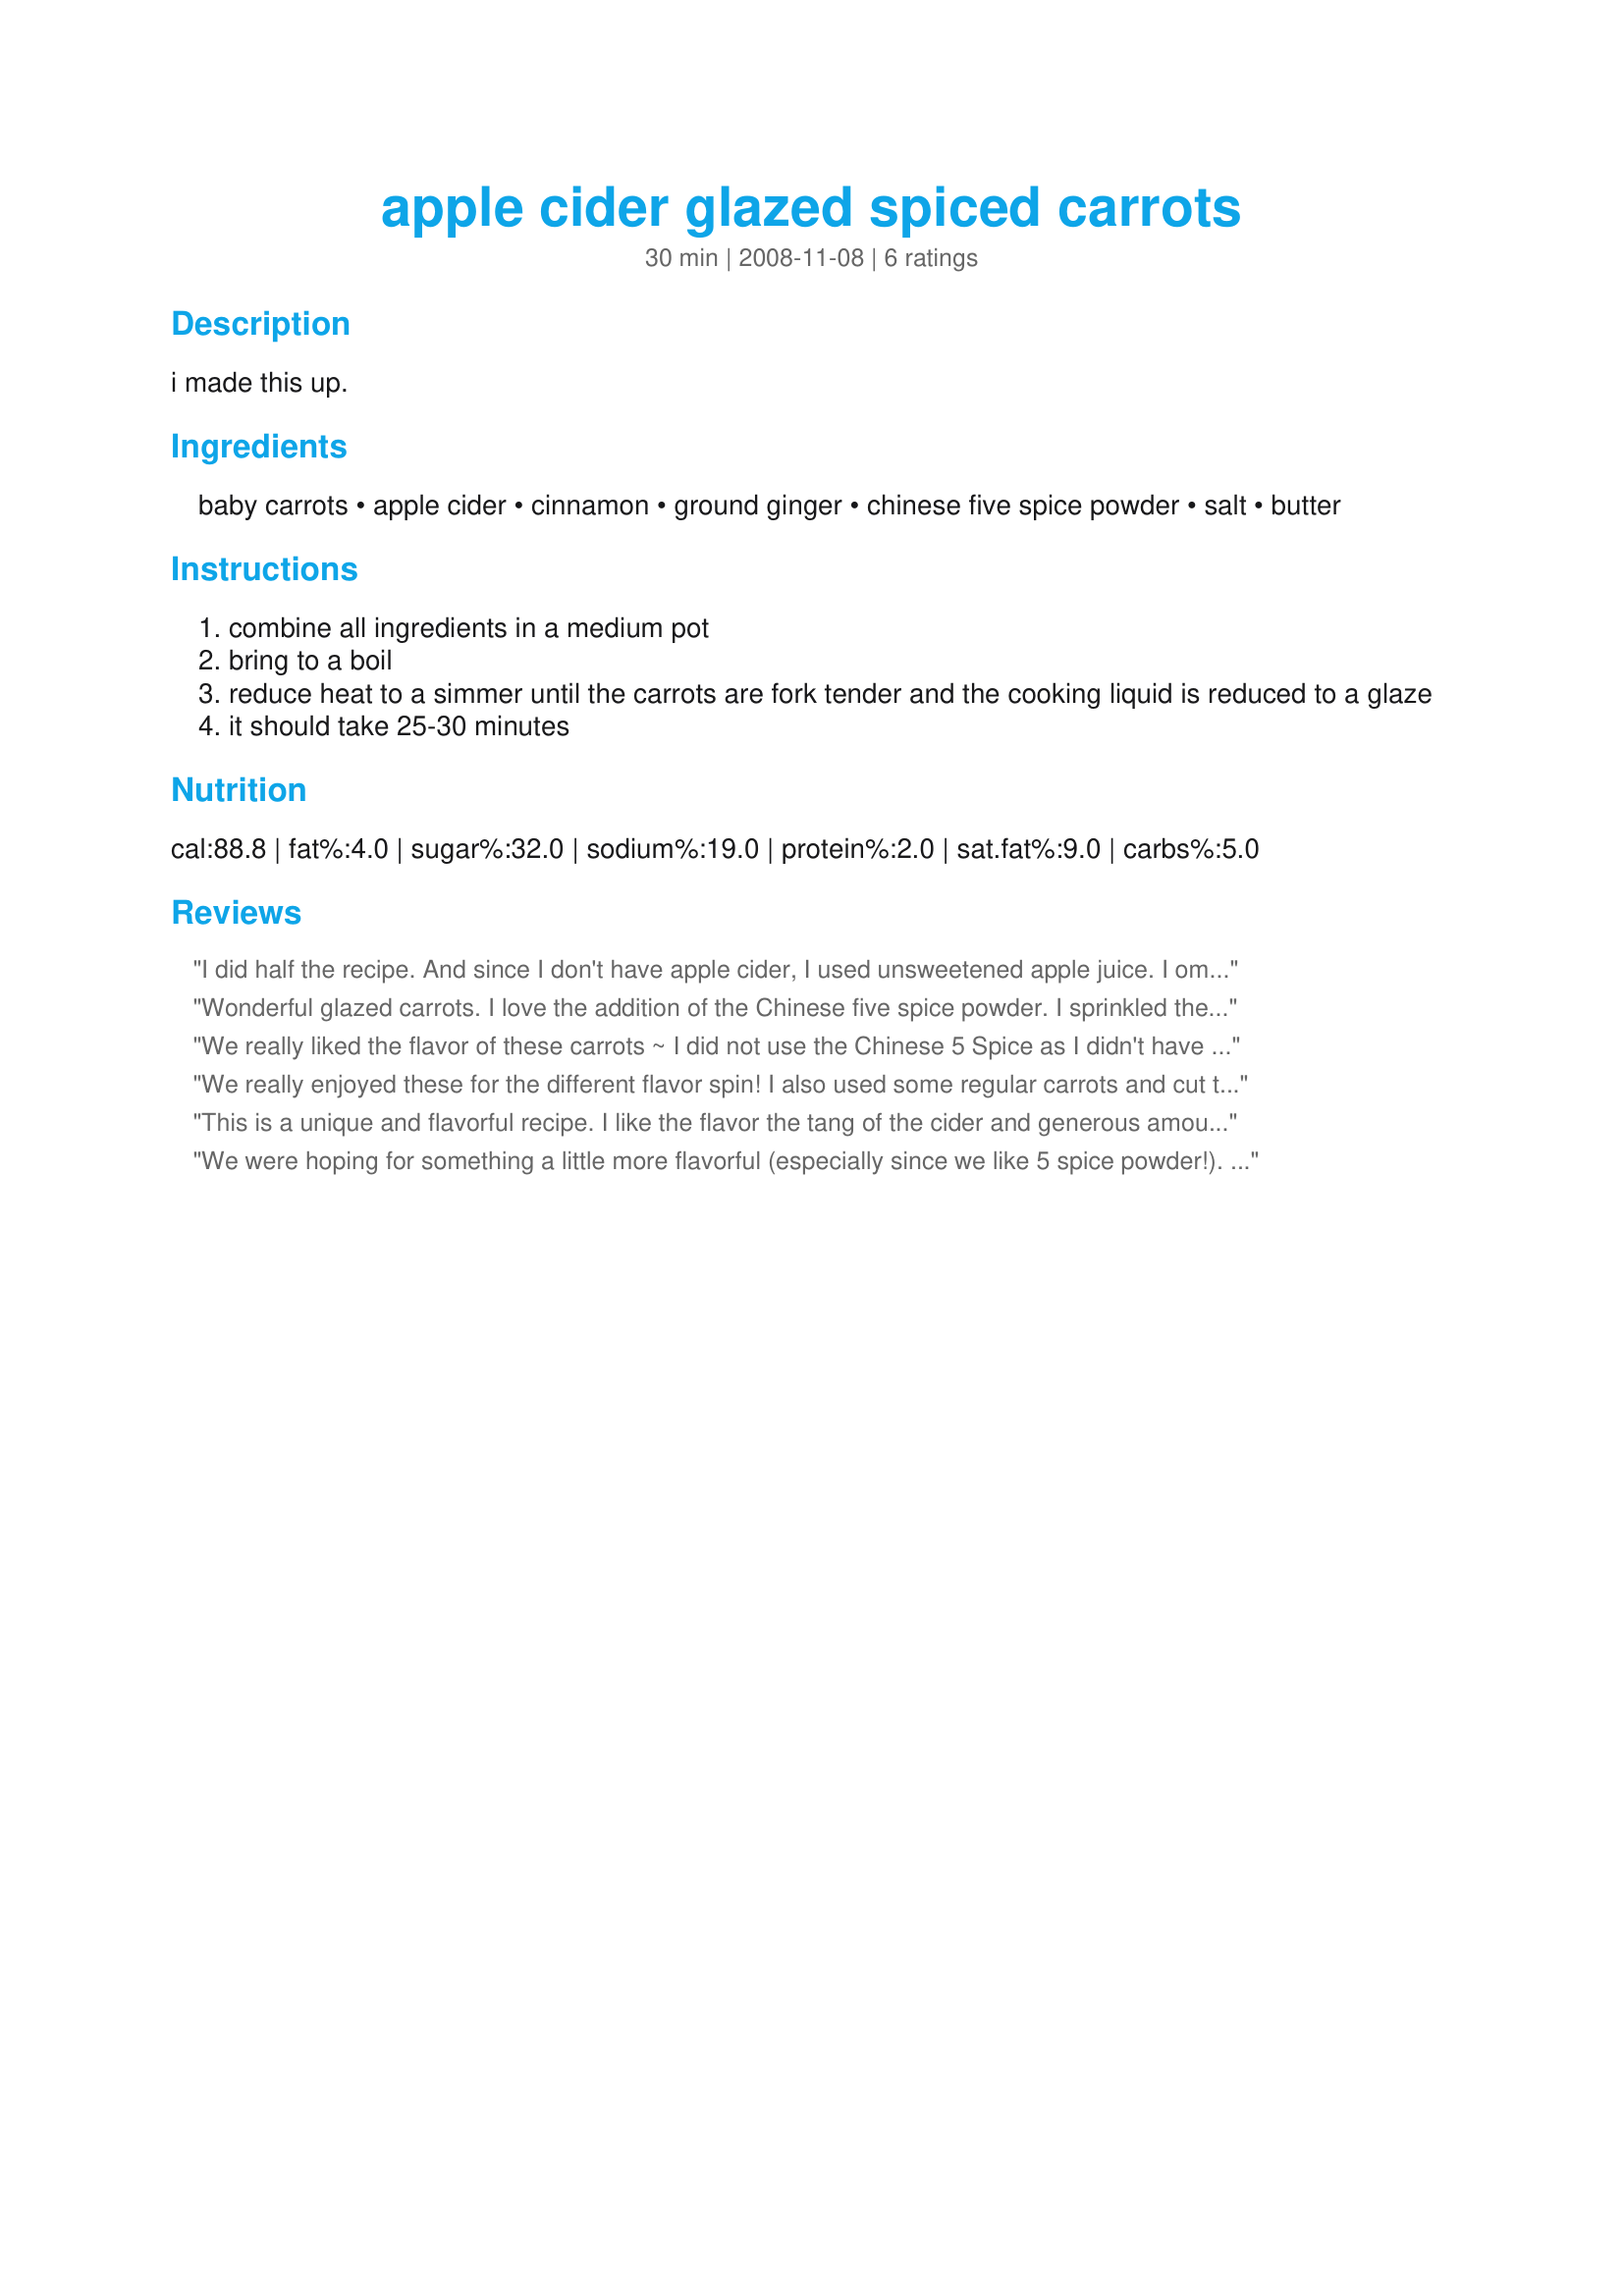
apple cider glazed spiced carrots
Preparation time: 30 minutes

i made this up.

Ingredients:
baby carrots, apple cider, cinnamon, ground ginger, chinese five spice powder, salt, butter

Steps:
combine all ingredients in a medium pot
bring to a boil
reduce heat to a simmer until the carrots are fork tender and the cooking liquid is reduced to a glaze
it should take 25-30 minutes

Reviews:
I did half the recipe. And since I don't have apple cider, I used unsweetened apple juice. I omitted the ginger and salt. But otherwise, followed the recipe. These carrots had a very good taste. Thanks Tannic. Made for PAC Spring 2009
Wonderful glazed carrots. I love the addition of the Chinese five spice powder. I sprinkled the top with dill weed. This was perfect for the start of our "eat healthy in 2008". Made for Comfort Cafe Tag 2008.
We really liked the flavor of these carrots ~ I did not use the Chinese 5 Spice as I didn't have any, but we enjoyed this sweet side dish anyway. Will make again - easy ingredients, easy cooking method and went great with the salmon I prepared. Thanks Tannic ~ made for COMFORT CAFE ~ SNOWQUEEN'S ROUND, January 2010!
We really enjoyed these for the different flavor spin! I also used some regular carrots and cut them into similar proportions as the babies. Thanks, Tannic! Made for <b>Spring '09 PAC.</b>
This is a unique and flavorful recipe. I like the flavor the tang of the cider and generous amount of cinnamon gives to the carrots. I also didn't use the Chinese 5 Spice, but didn't miss it one bit. Will make again!
We were hoping for something a little more flavorful (especially since we like 5 spice powder!). It might have been my fault as I used low sugar Apple 'juice' since I had it. DH liked it and I will be making it again (with real apple juice or cider).
Made for PAC Spring 2009
